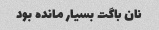
نان باگت بسیار مانده بود